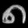
Digit: ၈